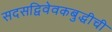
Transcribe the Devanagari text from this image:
सदसद्विवेवकबुद्धीची